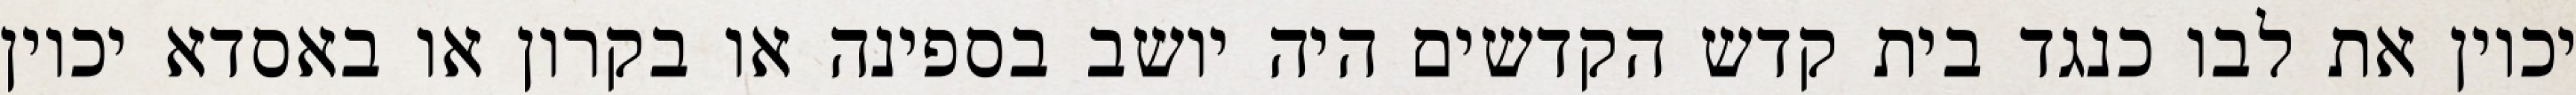
יכוין את לבו כנגד בית קדש הקדשים היה יושב בספינה או בקרון או באסדא יכוין